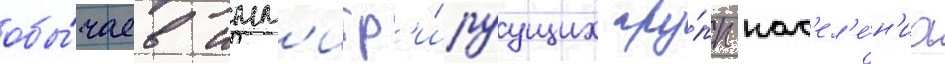
обы́чаев имм'игр'и́руущих гру́пп нас'ел'е́н'иа